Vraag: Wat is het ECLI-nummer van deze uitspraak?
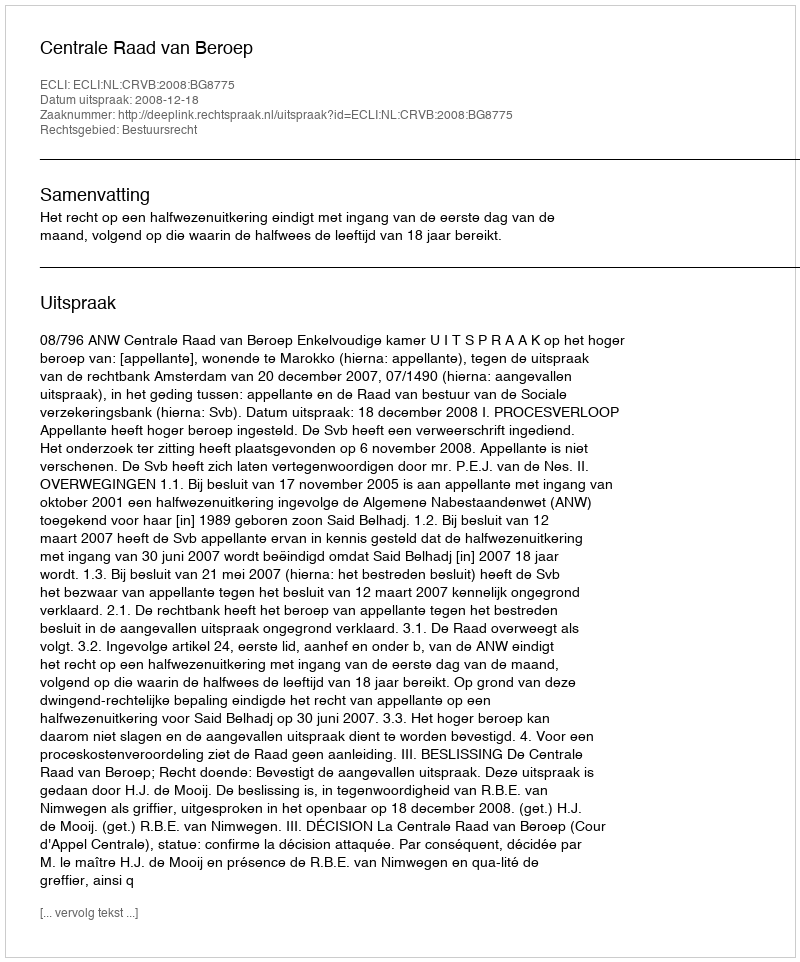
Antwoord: ECLI:NL:CRVB:2008:BG8775